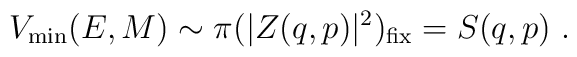
V_{\rm min} (E,M) \sim \pi (|Z  (q,p)|^2)_{\rm fix} = S(q,p) \ .